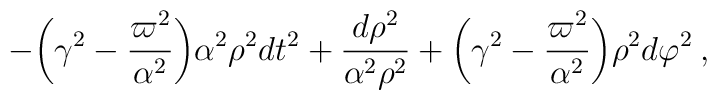
-{\biggl (}\gamma^2-\frac{\varpi^2}{\alpha^2} {\biggr )} \alpha^2 \rho^2 dt^2+ \frac{d \rho^2}{ \alpha^2 \rho^2}+{\biggl (}\gamma^2-\frac{\varpi^2}{\alpha^2} {\biggr )} \rho^2 d \varphi^2 \:,